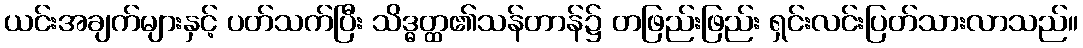
ယင်းအချက်များနှင့် ပတ်သက်ပြီး သိဒ္ဓတ္ထ၏သန်တာန်၌ တဖြည်းဖြည်း ရှင်းလင်းပြတ်သားလာသည်။